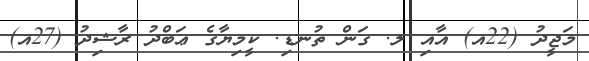
މަޖީދު (22އ) އާއި ލ. ގަން ތުނޑި. ކީމިޔާގެ ޢަބްދު ރާޝިދު (27އ)